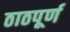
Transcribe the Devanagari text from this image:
ठाठपूर्ण